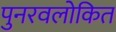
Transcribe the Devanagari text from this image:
पुनरवलोकित